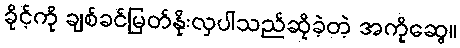
ခိုင့်ကို ချစ်ခင်မြတ်နိုးလှပါသည်ဆိုခဲ့တဲ့ အကိုဆွေ။